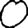
Digit: 0